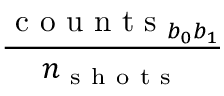
\frac { \mathrm { ~ c ~ o ~ u ~ n ~ t ~ s ~ } _ { b _ { 0 } b _ { 1 } } } { n _ { \mathrm { ~ s ~ h ~ o ~ t ~ s ~ } } }